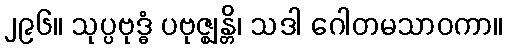
၂၉၆။ သုပ္ပဗုဒ္ဓံ ပဗုဇ္ဈန္တိ၊ သဒါ ဂေါတမသာဝကာ။